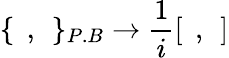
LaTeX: \{ \: \: ,\: \: \} _{P.B}\rightarrow\frac{1}{i}[\: \: ,\: \: ]